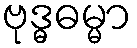
ဗုဒ္ဓဓမ္မာ